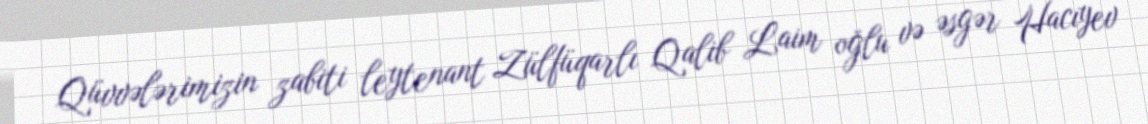
Qüvvələrimizin zabiti leytenant Zülfüqarlı Qalib Laim oğlu və əsgər Hacıyev